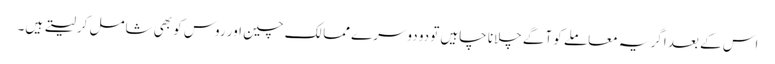
اس کے بعد اگر یہ معاملے کو آگے چلانا چاہیں تو دو دوسرے ممالک چین اور روس کو بھی شامل کرلیتے ہیں۔